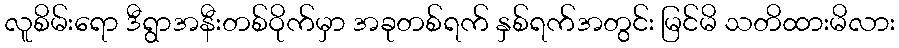
လူစိမ်းရော ဒီရွာအနီးတစ်ဝိုက်မှာ အခုတစ်ရက် နှစ်ရက်အတွင်း မြင်မိ သတိထားမိလား